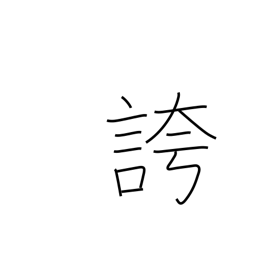
Meaning: triumphantly